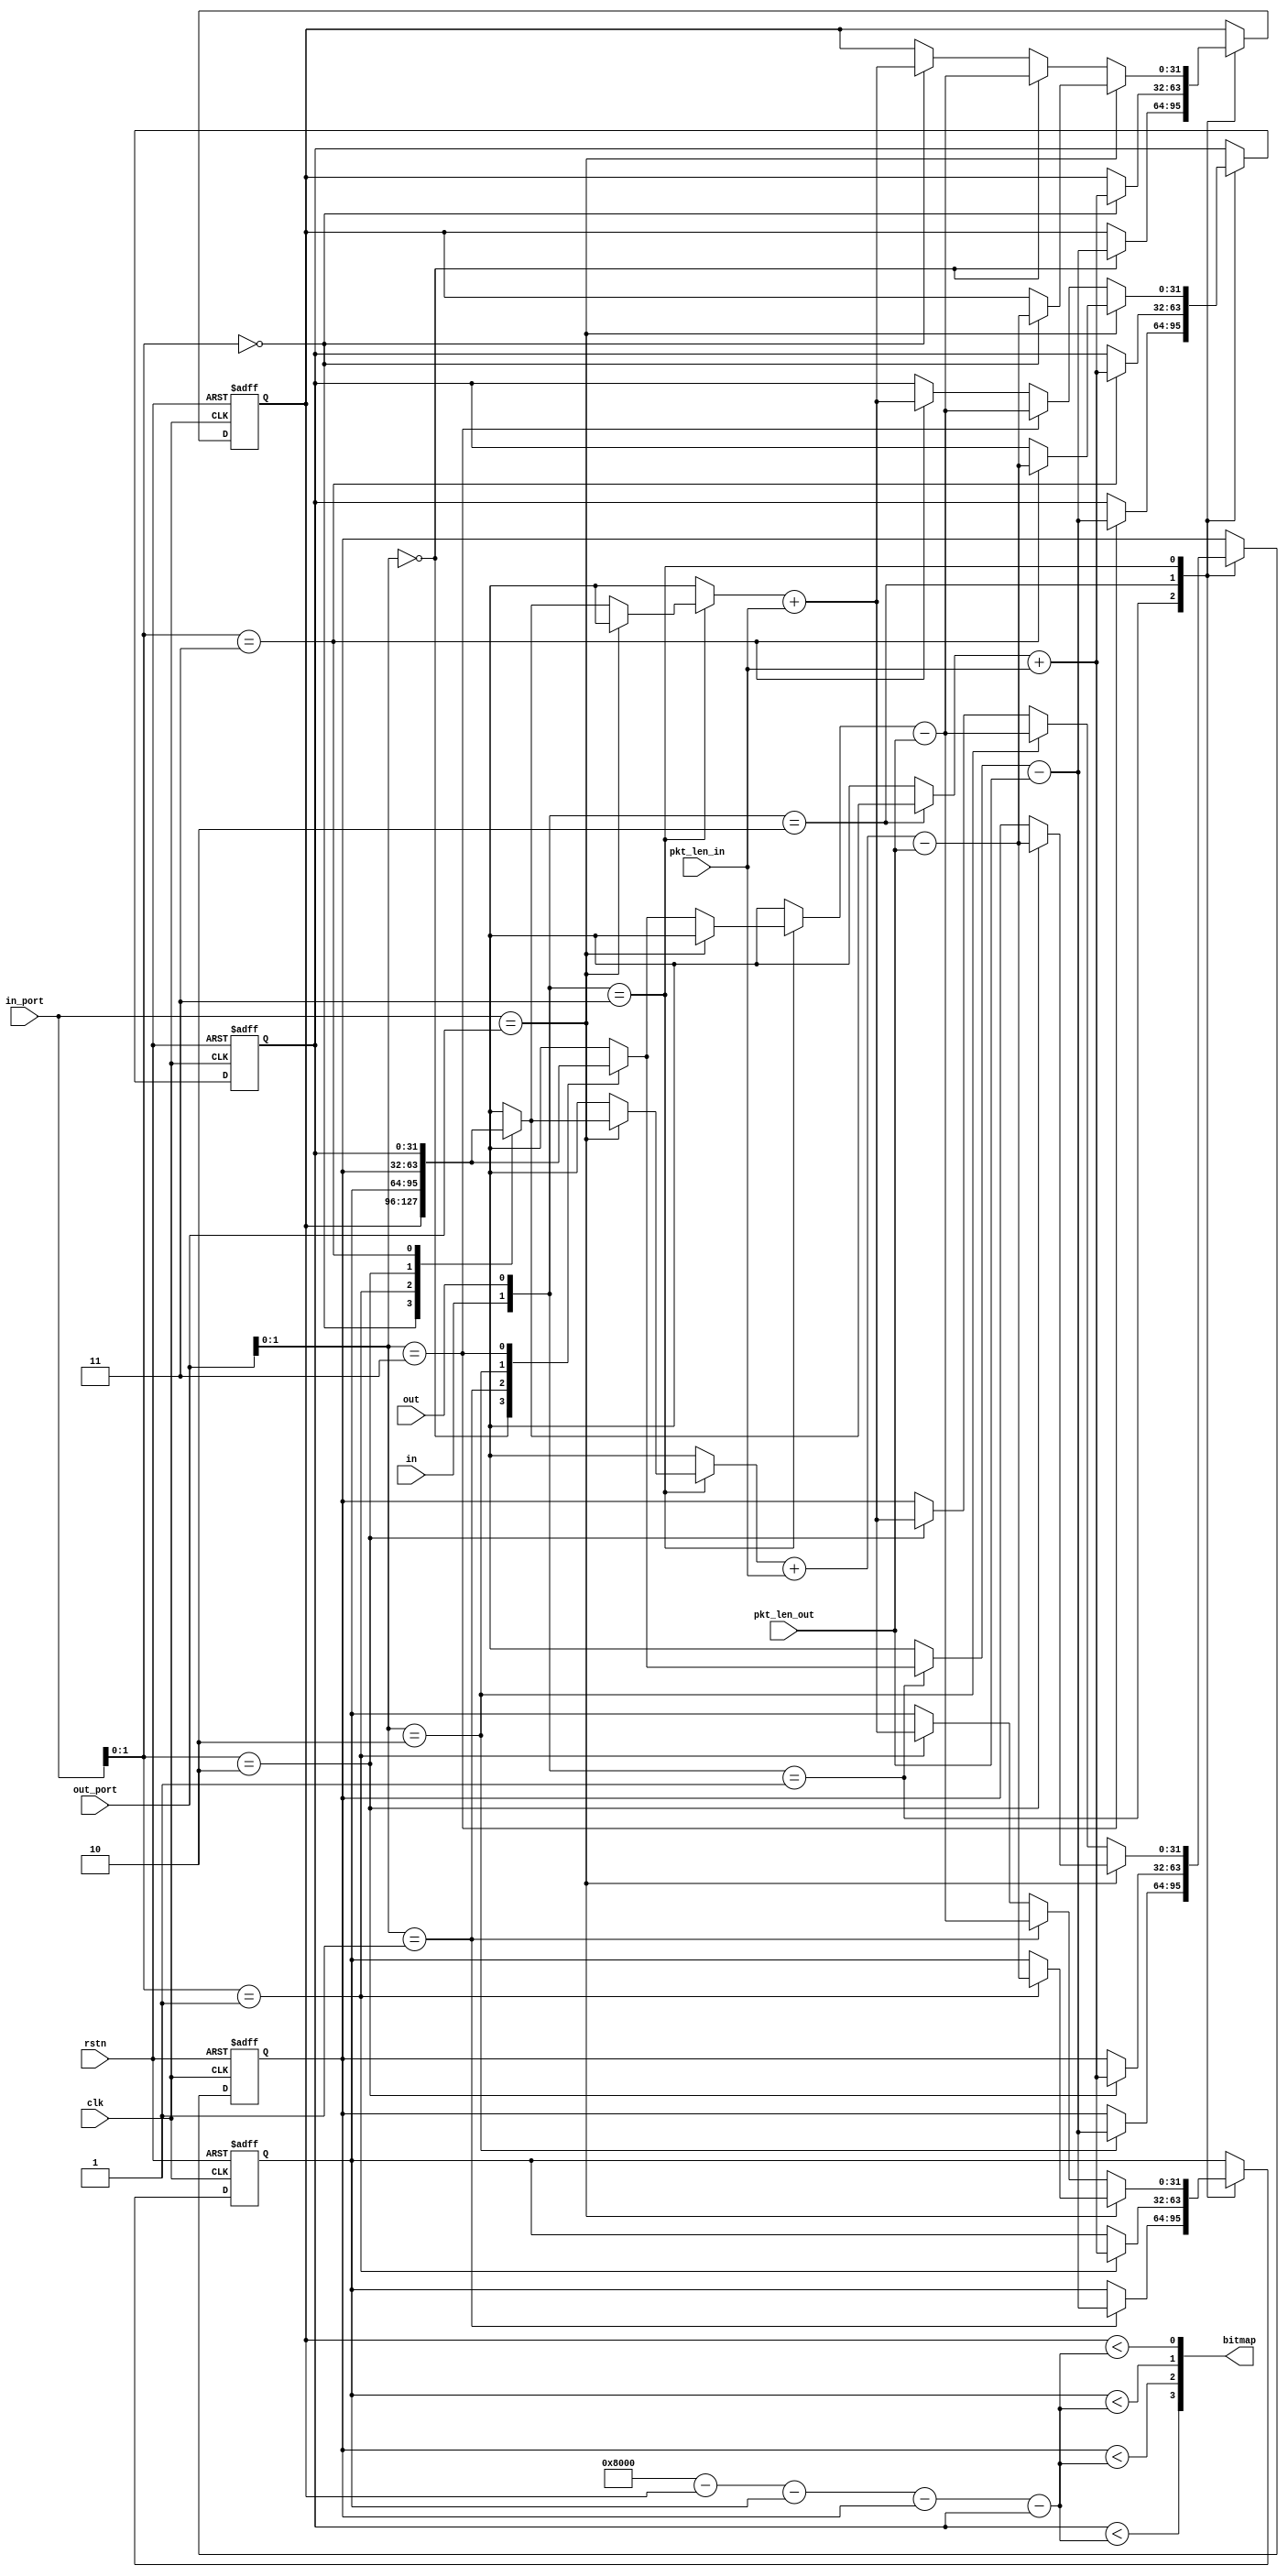
`timescale 1ns / 1ps
//////////////////////////////////////////////////////////////////////////////////
// Company: 
// Engineer: 
// 
// Design Name: 
// Module Name: statistics
// Project Name: 
// Target Devices: 
// Tool Versions: 
// Description: 
// 
// Dependencies: 
// 
// Revision:
// Revision 0.01 - File Created
// Additional Comments:
// 
//////////////////////////////////////////////////////////////////////////////////


module statistics(
    input clk,
    input rstn,
    input in,
    input out,
    input [3:0] in_port,
    input [3:0] out_port,
    input[10:0] pkt_len_in,
    input[10:0] pkt_len_out,
    output[3:0] bitmap
    );
    
    parameter alpha_shift = 0;
    parameter buffer_size = 32768;// 32KB
    
    wire [1:0] sig;
    reg [31:0] qlen[3:0];
    assign sig = {in, out};
    always@(posedge clk or negedge rstn) begin
        if(!rstn) begin
            qlen[0]<=#2 0;
            qlen[1]<=#2 0;
            qlen[2]<=#2 0;
            qlen[3]<=#2 0;
        end
        else begin
            case(sig)
            2'b01: begin
                qlen[out_port]<=#2 qlen[out_port] - pkt_len_out; 
            end
            2'b10: begin
                qlen[in_port] <=#2 qlen[in_port] + pkt_len_in;
            end
            2'b11: begin
                if(in_port == out_port) qlen[in_port] <= #2 qlen[in_port] + pkt_len_in - pkt_len_out;
                else begin
                    qlen[in_port] <=#2 qlen[in_port] + pkt_len_in;
                    qlen[out_port] <=#2 qlen[out_port] - pkt_len_out;
                end
            end
            endcase
        end
    end
    
    wire [31:0] T;
    assign T = ((buffer_size) - qlen[0] - qlen[1] - qlen[2] - qlen[3]) >> alpha_shift;
    assign bitmap = {qlen[3] < T, qlen[2] < T, qlen[1] < T, qlen[0] < T};
endmodule